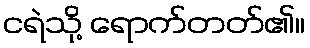
ငရဲသို့ ရောက်တတ်၏။